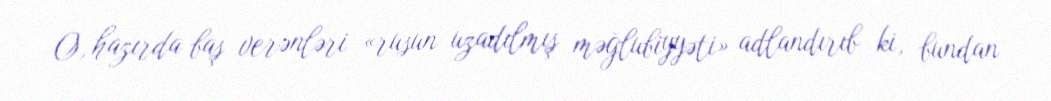
O, hazırda baş verənləri «rusun uzadılmış məğlubiyyəti» adlandırıb ki, bundan